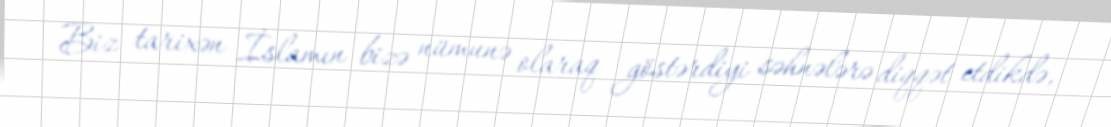
Biz tarixən İslamın bizə nümunə olaraq göstərdiyi səhnələrə diqqət etdikdə,